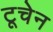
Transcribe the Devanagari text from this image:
टूचेन